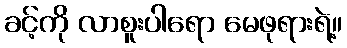
ခင့်ကို လာစူးပါရော မေဖုရားရဲ့။